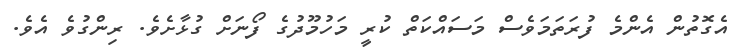
އެގޮތުން އެންމެ ފުރަތަމަވެސް މަސައްކަތް ކުރީ މަހުމޫދުގެ ފޯނަށް ގުޅާށެވެ. ރިންގުވެ އެވެ.